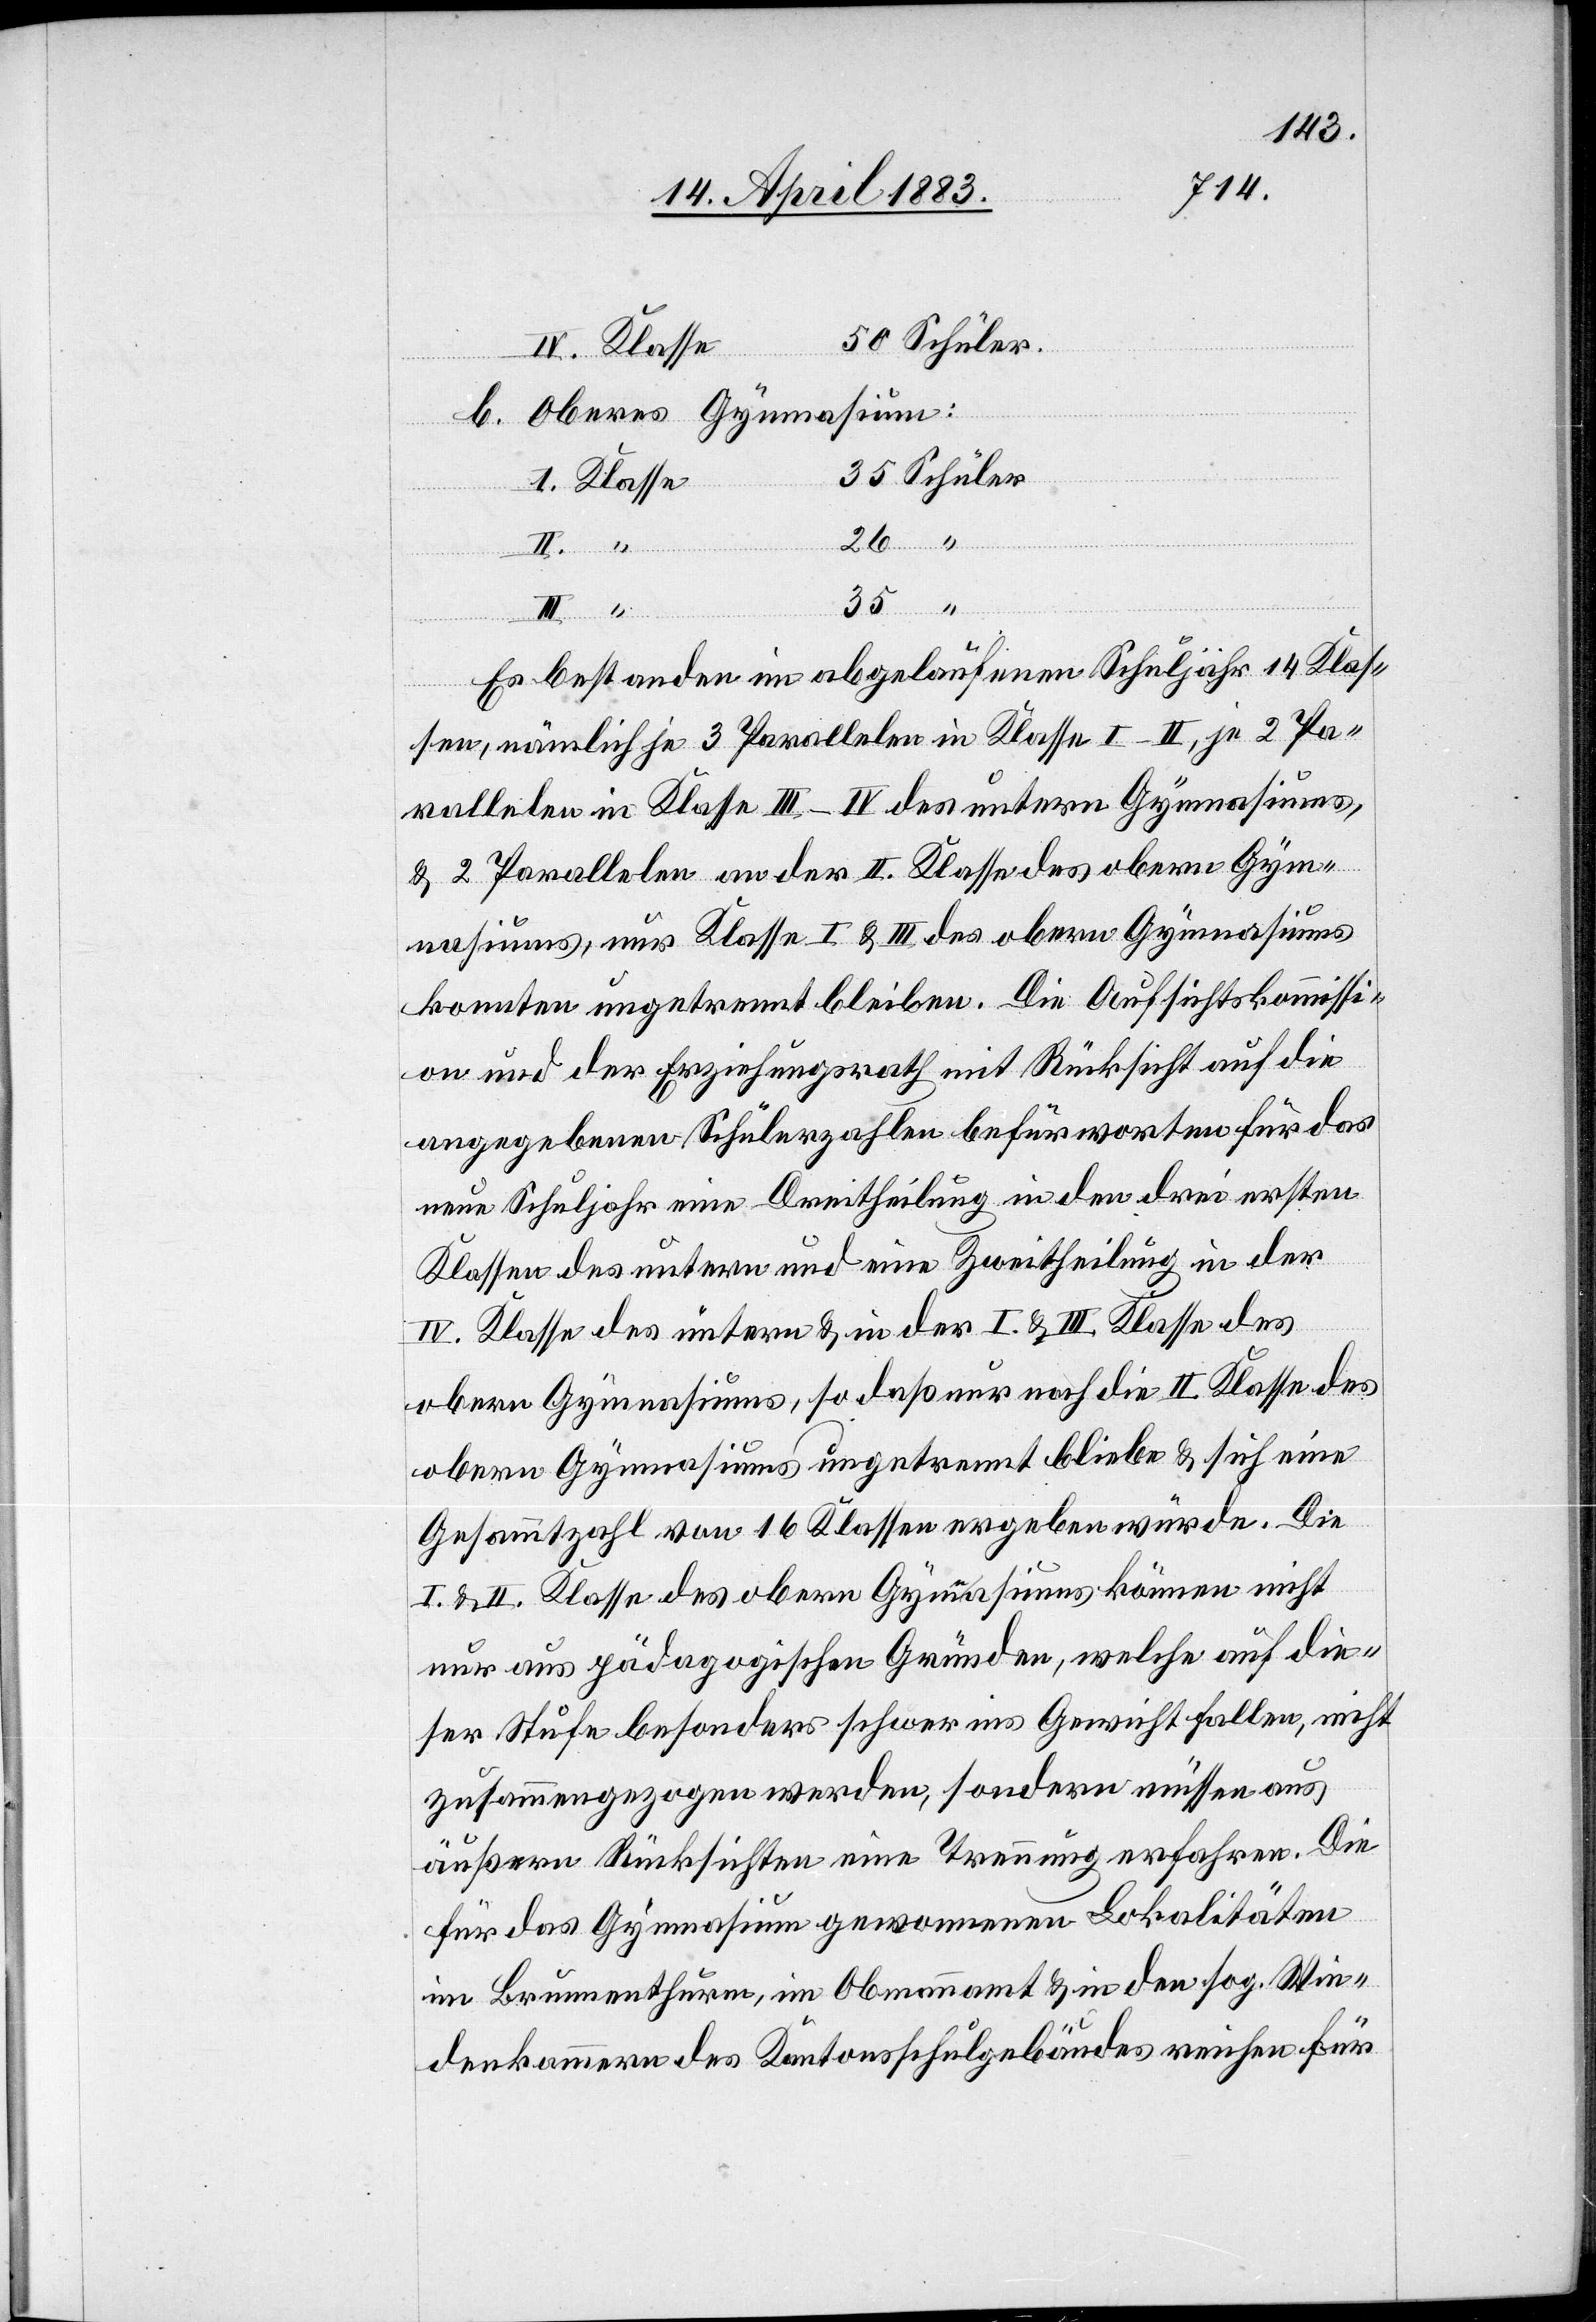
b. Oberes Gymnasium:
Schüler
II.
Es bestanden im abgelaufenen Schuljahr 14 Klas¬
sen, nämlich je 3 Parallelen in Klassen I–II, je 2 Pa¬
rallelen in Klasse III–IV des untern Gymnasiums,
& 2 Parallelen an der II. Klasse des obern Gym¬
nasiums, nur Klasse I & III des obern Gymnasiums
konnten ungetrennt bleiben. Die Aufsichtskommissi¬
on und der Erziehungsrath mit Rücksicht auf die
angegebenen Schülerzahlen befürworten für das
neue Schuljahr eine Dreitheilung in den drei ersten
Klassen des untern und eine Zweitheilung in der
IV. Klasse des untern & in der I. & III. Klasse des
obern Gymnasiums, so daß nur noch die II. Klasse des
obern Gymnasiums ungetrennt bliebe & sich eine
Gesammtzahl von 16 Klassen ergeben würde. Die
I. & II. Klasse des obern Gymnasiums können nicht
nur aus pädagogischen Gründen, welche auf die¬
ser Stufe besonders schwer ins Gewicht fallen, nicht
zusammengezogen werden, sondern müssen aus
äußern Rücksichten eine Trennung erfahren. Die
für das Gymnasium gewonnenen Lokalitäten
im Brunnenthurm, im Obmannamt & in den sog. Wie¬
derkammern des Kantonsschulgebäudes reichen für